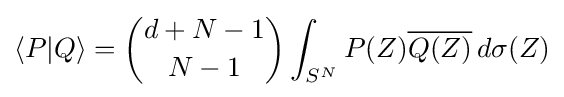
\langle P|Q\rangle ={d+N-1 \choose N-1}\int _{S^{N}}P(Z){\overline {Q(Z)}}\,d\sigma (Z)